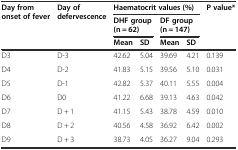
<table><thead><tr><td rowspan="3"><b>Day from onset of fever</b></td><td rowspan="3"><b>Day of defervescence</b></td><td colspan="4"><b>Haematocrit values (%)</b></td><td rowspan="3"><b>P value*</b></td></tr><tr><td colspan="2"><b>DHF group (n = 62)</b></td><td colspan="2"><b>DF group (n = 147)</b></td></tr><tr><td><b>Mean</b></td><td><b>SD</b></td><td><b>Mean</b></td><td><b>SD</b></td></tr></thead><tbody><tr><td>D3</td><td>D-3</td><td>42.62</td><td>5.04</td><td>39.69</td><td>4.21</td><td>0.139</td></tr><tr><td>D4</td><td>D-2</td><td>41.83</td><td>5.15</td><td>39.56</td><td>5.10</td><td>0.031</td></tr><tr><td>D5</td><td>D-1</td><td>42.82</td><td>5.37</td><td>40.11</td><td>5.55</td><td>0.004</td></tr><tr><td>D6</td><td>D0</td><td>41.22</td><td>6.68</td><td>39.13</td><td>4.63</td><td>0.042</td></tr><tr><td>D7</td><td>D + 1</td><td>41.15</td><td>5.43</td><td>38.78</td><td>4.59</td><td>0.010</td></tr><tr><td>D8</td><td>D + 2</td><td>40.56</td><td>4.58</td><td>36.92</td><td>6.42</td><td>0.002</td></tr><tr><td>D9</td><td>D + 3</td><td>38.73</td><td>4.05</td><td>36.27</td><td>9.04</td><td>0.293</td></tr></tbody></table>